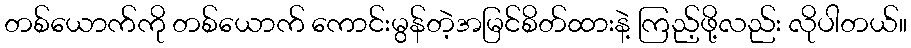
တစ်ယောက်ကို တစ်ယောက် ကောင်းမွန်တဲ့အမြင်စိတ်ထားနဲ့ ကြည့်ဖို့လည်း လိုပါတယ်။